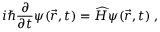
i \hbar \frac { \partial } { \partial t } \psi ( \vec { r } , t ) = \widehat { H } \psi ( \vec { r } , t ) \; ,